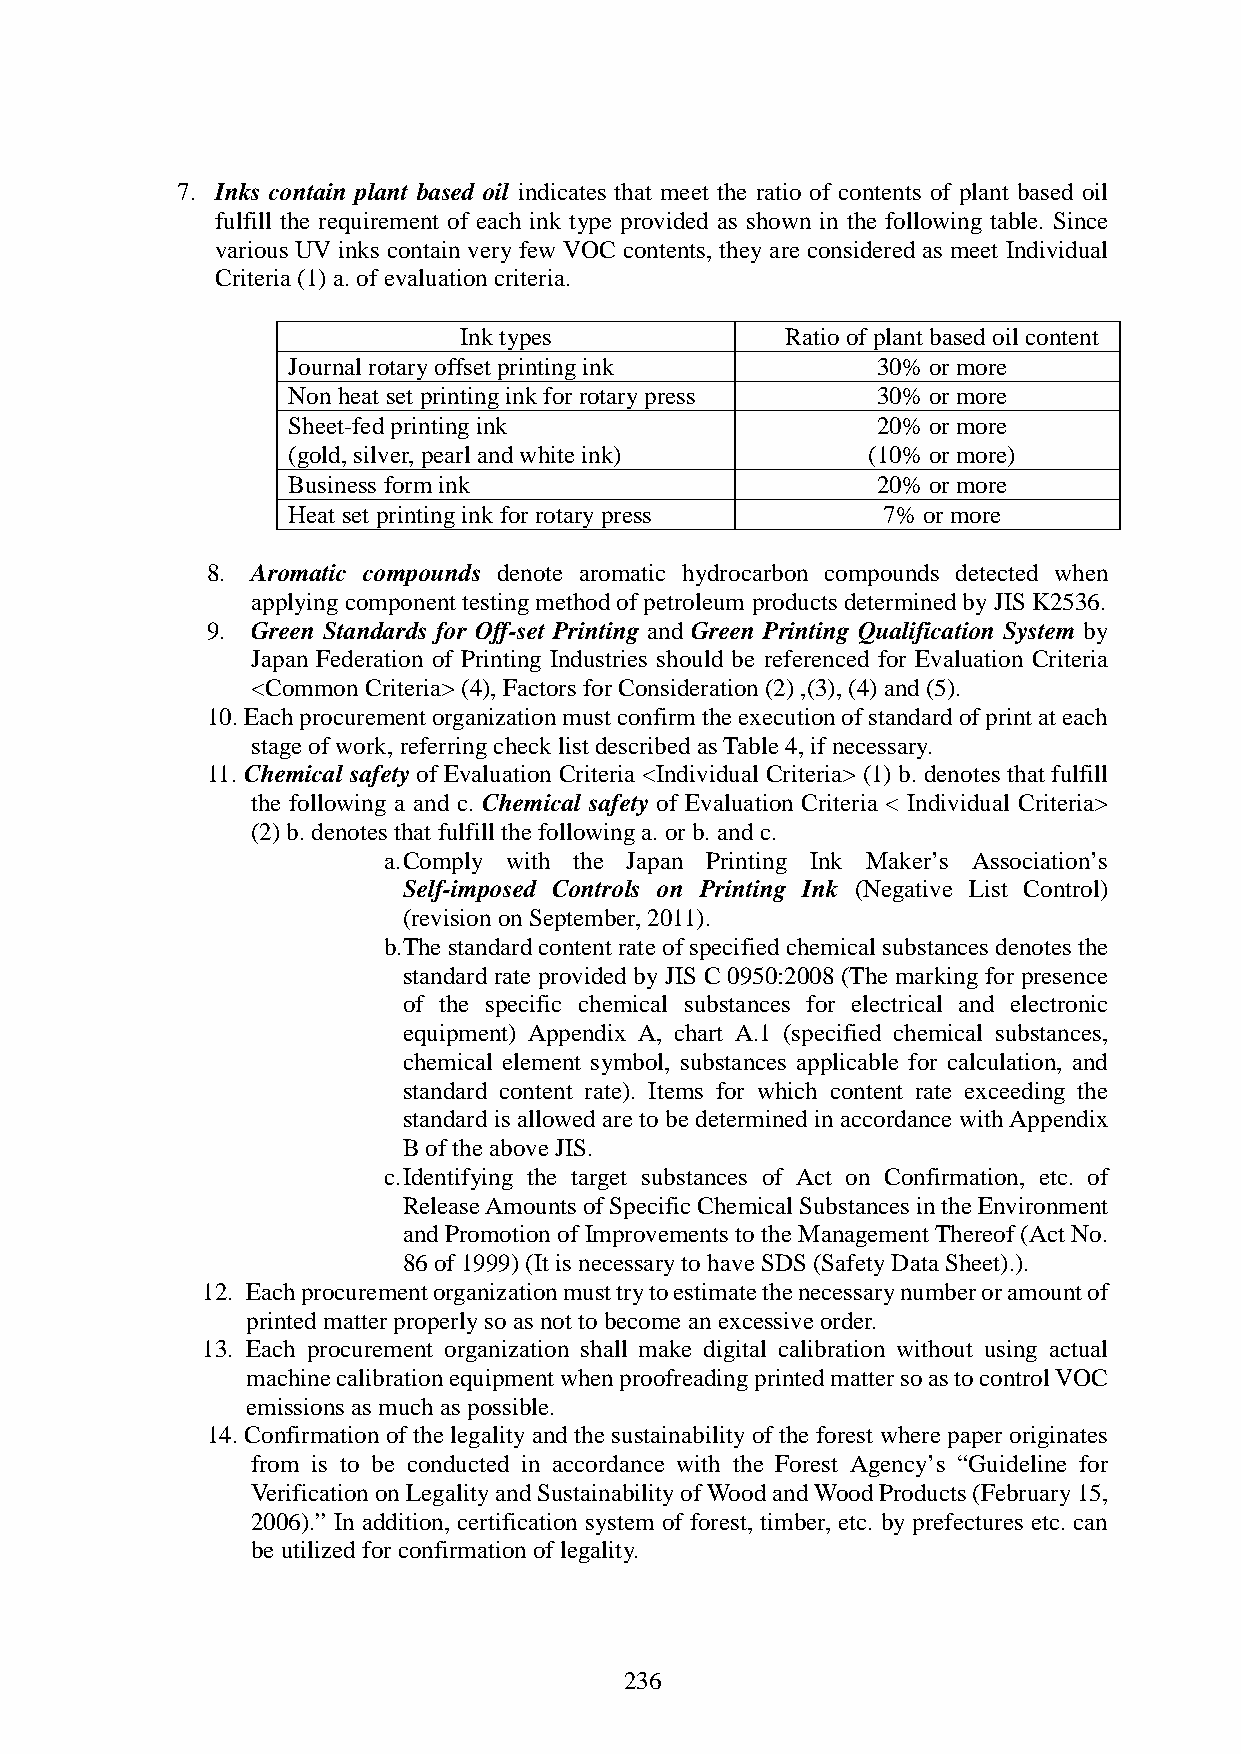
7. Inks contain plant based oil indicates that meet the ratio of contents of plant based oil
 fulfill the requirement of each ink type provided as shown in the following table. Since
 various UV inks contain very few VOC contents, they are considered as meet Individual
 Criteria (1) a. of evaluation criteria.
 Ink types             Ratio of plant based oil content
 Journal rotary offset printing ink     30% or more
 Non heat set printing ink for rotary press 30% or more
 Sheet-fed printing ink                 20% or more
 (gold, silver, pearl and white ink)   (10% or more)
 Business form ink                      20% or more
 Heat set printing ink for rotary press 7% or more
 8. Aromatic compounds denote aromatic hydrocarbon compounds detected when
 applying component testing method of petroleum products determined by JIS K2536.
 9. Green Standards for Off-set Printing and Green Printing Qualification System by
 Japan Federation of Printing Industries should be referenced for Evaluation Criteria
 <Common Criteria> (4), Factors for Consideration (2) ,(3), (4) and (5).
 10. Each procurement organization must confirm the execution of standard of print at each
 stage of work, referring check list described as Table 4, if necessary.
 11. Chemical safety of Evaluation Criteria <Individual Criteria> (1) b. denotes that fulfill
 the following a and c. Chemical safety of Evaluation Criteria < Individual Criteria>
 (2) b. denotes that fulfill the following a. or b. and c.
 a. Comply with the Japan Printing Ink Maker’s Association’s
 Self-imposed Controls on Printing Ink (Negative List Control)
 (revision on September, 2011).
 b.The standard content rate of specified chemical substances denotes the
 standard rate provided by JIS C 0950:2008 (The marking for presence
 of the specific chemical substances for electrical and electronic
 equipment) Appendix A, chart A.1 (specified chemical substances,
 chemical element symbol, substances applicable for calculation, and
 standard content rate). Items for which content rate exceeding the
 standard is allowed are to be determined in accordance with Appendix
 B of the above JIS.
 c. Identifying the target substances of Act on Confirmation, etc. of
 Release Amounts of Specific Chemical Substances in the Environment
 and Promotion of Improvements to the Management Thereof (Act No.
 86 of 1999) (It is necessary to have SDS (Safety Data Sheet).).
 12. Each procurement organization must try to estimate the necessary number or amount of
 printed matter properly so as not to become an excessive order.
 13. Each procurement organization shall make digital calibration without using actual
 machine calibration equipment when proofreading printed matter so as to control VOC
 emissions as much as possible.
 14. Confirmation of the legality and the sustainability of the forest where paper originates
 from is to be conducted in accordance with the Forest Agency’s “Guideline for
 Verification on Legality and Sustainability of Wood and Wood Products (February 15,
 2006).” In addition, certification system of forest, timber, etc. by prefectures etc. can
 be utilized for confirmation of legality.
 236